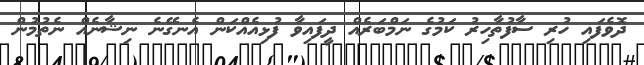
ދޮވެފައި ހުރި ސާފުތާހިރު ކަމުގެ ނަމްބަރެއް ދީފައިވާ ފުޅިއެއްކަން އެނގޭނެ ނިޝާނެއް ނެތުމުން